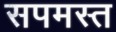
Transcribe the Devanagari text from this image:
सपमस्त